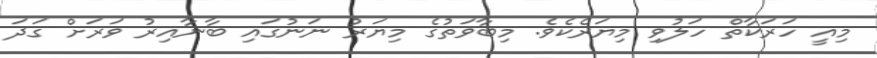
މިއީ ހަރަކާތް ހަލުވި މިޔަރެކެވެ. މިބާވަތުގެ މިޔަރު ނަނުގައި ބާނާއިރު ވަރަށް ގަދަ